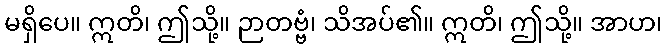
မရှိပေ။ ဣတိ၊ ဤသို့။ ဉာတဗ္ဗံ၊ သိအပ်၏။ ဣတိ၊ ဤသို့။ အာဟ၊